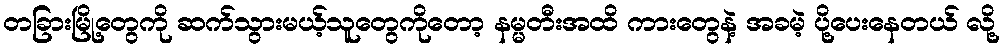
တခြားမြို့တွေကို ဆက်သွားမယ့်သူတွေကိုတော့ နမ္မတီးအထိ ကားတွေနဲ့ အခမဲ့ ပို့ပေးနေတယ် လို့